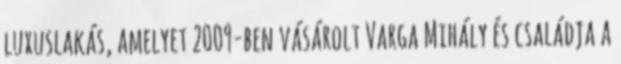
luxuslakás, amelyet 2009-ben vásárolt Varga Mihály és családja a